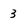
Character: 3